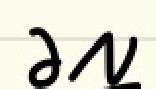
$\partial \mathcal{N}$